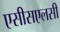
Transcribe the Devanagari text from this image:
एसीसएलसी